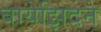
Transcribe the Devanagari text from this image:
बायेझिदने